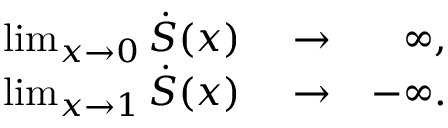
\begin{array} { r l r } { \operatorname* { l i m } _ { x \rightarrow 0 } \dot { S } ( x ) } & { { } \rightarrow } & { \infty , } \\ { \operatorname* { l i m } _ { x \rightarrow 1 } \dot { S } ( x ) } & { { } \rightarrow } & { - \infty . } \end{array}